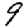
Digit: 9